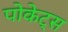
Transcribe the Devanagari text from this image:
पोकेट्स